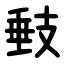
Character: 㩾